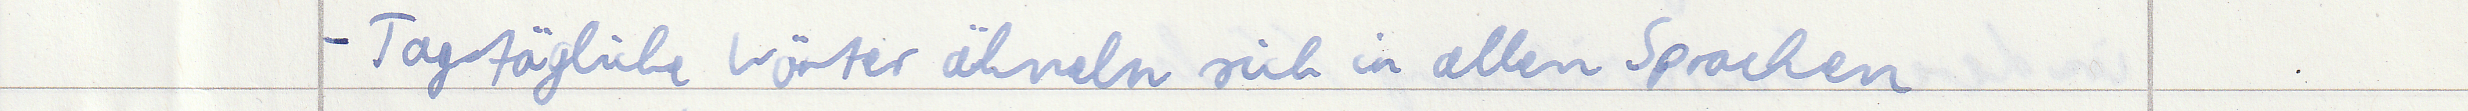
- Tagtägliche Wörter ähneln sich in allen Sprachen